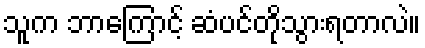
သူက ဘာကြောင့် ဆံပင်တိုသွားရတာလဲ။